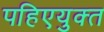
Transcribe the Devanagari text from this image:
पहिएयुक्‍त